Report on sanitation, dispensaries, and jails in Rajputana for 1916, and on vaccination for the year 1916-1917 - 1916-1917
Year: 1916
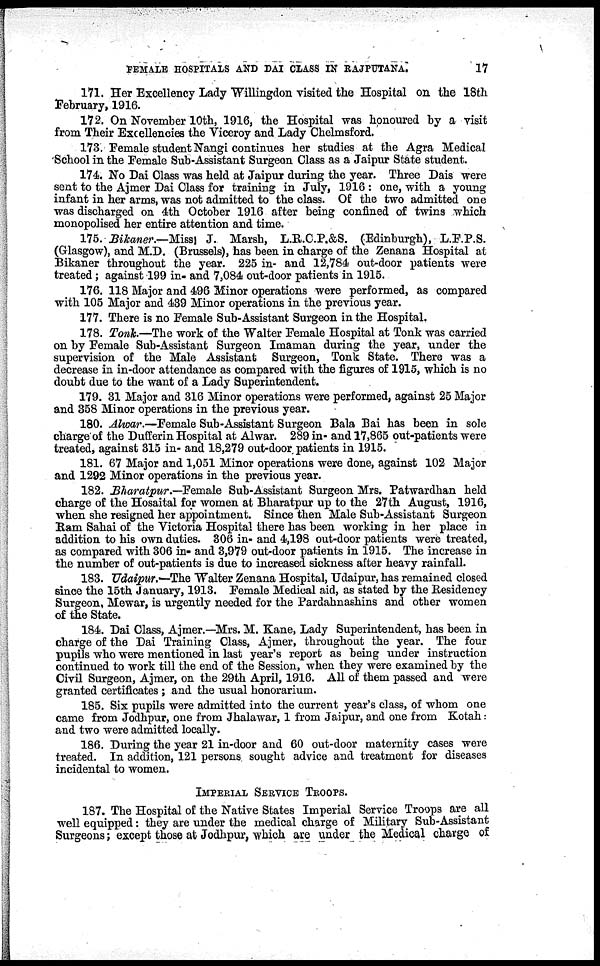
FEMALE HOSPITALS AND DAI CLASS IN RAJPUTANA.
17
171. Her Excellency Lady Willingdon visited the Hospital on the 18th
February, 1916.
172. On November 10th, 1916, the Hospital was honoured by a visit
from Their Excellencies the Viceroy and Lady Chelmsford.
173. Female student Nangi continues her studies at the Agra Medical
School in the Female Sub-Assistant Surgeon Class as a Jaipur State student.
174. No Dai Class was held at Jaipur during the year. Three Dais were
sent to the Ajmer Dai Class for training in July, 1916 : one, with a young
infant in her arms, was not admitted to the class. Of the two admitted one
was discharged on 4th October 1916 after being confined of twins which
monopolised her entire attention and time.
175. Bikaner.—Miss J. Marsh, L.R.C.P.&S. (Edinburgh), L.F.P.S.
(Glasgow), and M.D. (Brussels), has been in charge of the Zenana Hospital at
Bikaner throughout the year. 225 in- and 12,784 out-door patients were
treated ; against 199 in and 7,084 out-door patients in 1915.
176. 118 Major and 496 Minor operations were performed, as compared
with 105 Major and 439 Minor operations in the previous year.
177. There is no Female Sub-Assistant Surgeon in the Hospital.
178. Tonk.—The work of the Walter Female Hospital at Tonk was carried
on by Female Sub-Assistant Surgeon Imaman during the year, under the
supervision of the Male Assistant Surgeon, Tonk State. There was a
decrease in in-door attendance as compared with the figures of 1915, which is no
doubt due to the want of a Lady Superintendent.
179. 31 Major and 316 Minor operations were performed, against 25 Major
and 358 Minor operations in the previous year.
180. Alwar.—Female Sub-Assistant Surgeon Bala Bai has been in sole
charge of the Dufferin Hospital at Alwar. 289 in- and 17,865 out-patients were
treated, against 315 in- and 18,279 out-door patients in 1915.
181. 67 Major and 1,051 Minor operations were done, against 102 Major
and 1292 Minor operations in the previous year.
182. Bharatpur.—Female Sub-Assistant Surgeon Mrs. Patwardhan held
charge of the Hosaital for women at Bharatpur up to the 27th August, 1916,
when she resigned her appointment. Since then Male Sub-Assistant Surgeon
Ram Sahai of the Victoria Hospital there has been working in her place in
addition to his own duties. 306 in- and 4,198 out-door patients were treated,
as compared with 306 in- and 3,979 out-door patients in 1915. The increase in
the number of out-patients is due to increased sickness after heavy rainfall.
183. Udaipur.—The Walter Zenana Hospital, Udaipur, has remained closed
since the 15th January, 1913. Female Medical aid, as stated by the Residency
Surgeon, Mewar, is urgently needed for the Pardahnashins and other women
of the State.
184. Dai Class, Ajmer.—Mrs. M. Kane, Lady Superintendent, has been in
charge of the Dai Training Class, Ajmer, throughout the year. The four
pupils who were mentioned in last year's report as being under instruction
continued to work till the end of the Session, when they were examined by the
Civil Surgeon, Ajmer, on the 29th April, 1916. All of them passed and were
granted certificates ; and the usual honorarium.
185. Six pupils were admitted into the current year's class, of whom one
came from Jodhpur, one from Jhalawar, 1 from Jaipur, and one from Kotah:
and two were admitted locally.
186. During the year 21 in-door and 60 out-door maternity cases were
treated. In addition, 121 persons sought advice and treatment for diseases
incidental to women.
IMPERIAL SERVICE TROOPS.
187. The Hospital of the Native States Imperial Service Troops are all
well equipped: they are under the medical charge of Military Sub-Assistant
Surgeons; except those at Jodhpur, which are under the Medical charge of